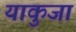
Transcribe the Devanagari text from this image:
याकुजा